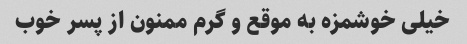
خیلی خوشمزه به موقع و گرم ممنون از پسر خوب